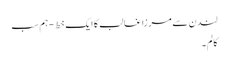
لندن سے مرزا غالب کا ایک خط - ہم سب
کالم۔